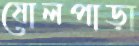
ষোলপাড়া